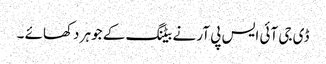
ڈی جی آئی ایس پی آر نے بیٹنگ کے جوہر دکھائے ۔